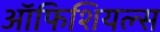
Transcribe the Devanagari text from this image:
ऑफिशियल्स